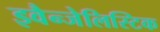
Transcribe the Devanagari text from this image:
इवैन्जेलिस्टिक